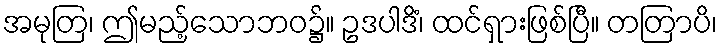
အမုတြ၊ ဤမည့်သောဘဝ၌။ ဥဒပါဒိံ၊ ထင်ရှားဖြစ်ပြီ။ တတြာပိ၊